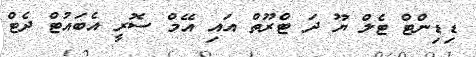
ޑިޑިންޓް ޓެލް ޔޫ ދަ ޓްރޫތް އައި އޭމް ސޮރީ އެބައުޓް ދެޓް